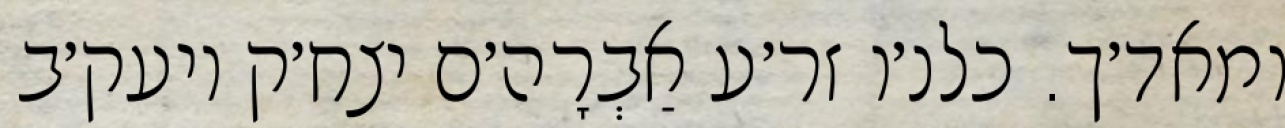
ומאד׳ך. כלנ׳ו זר׳ע אַבְרָה׳ם יצח׳ק ויעק׳ב